Trukikaitis_Postimees, lk 7
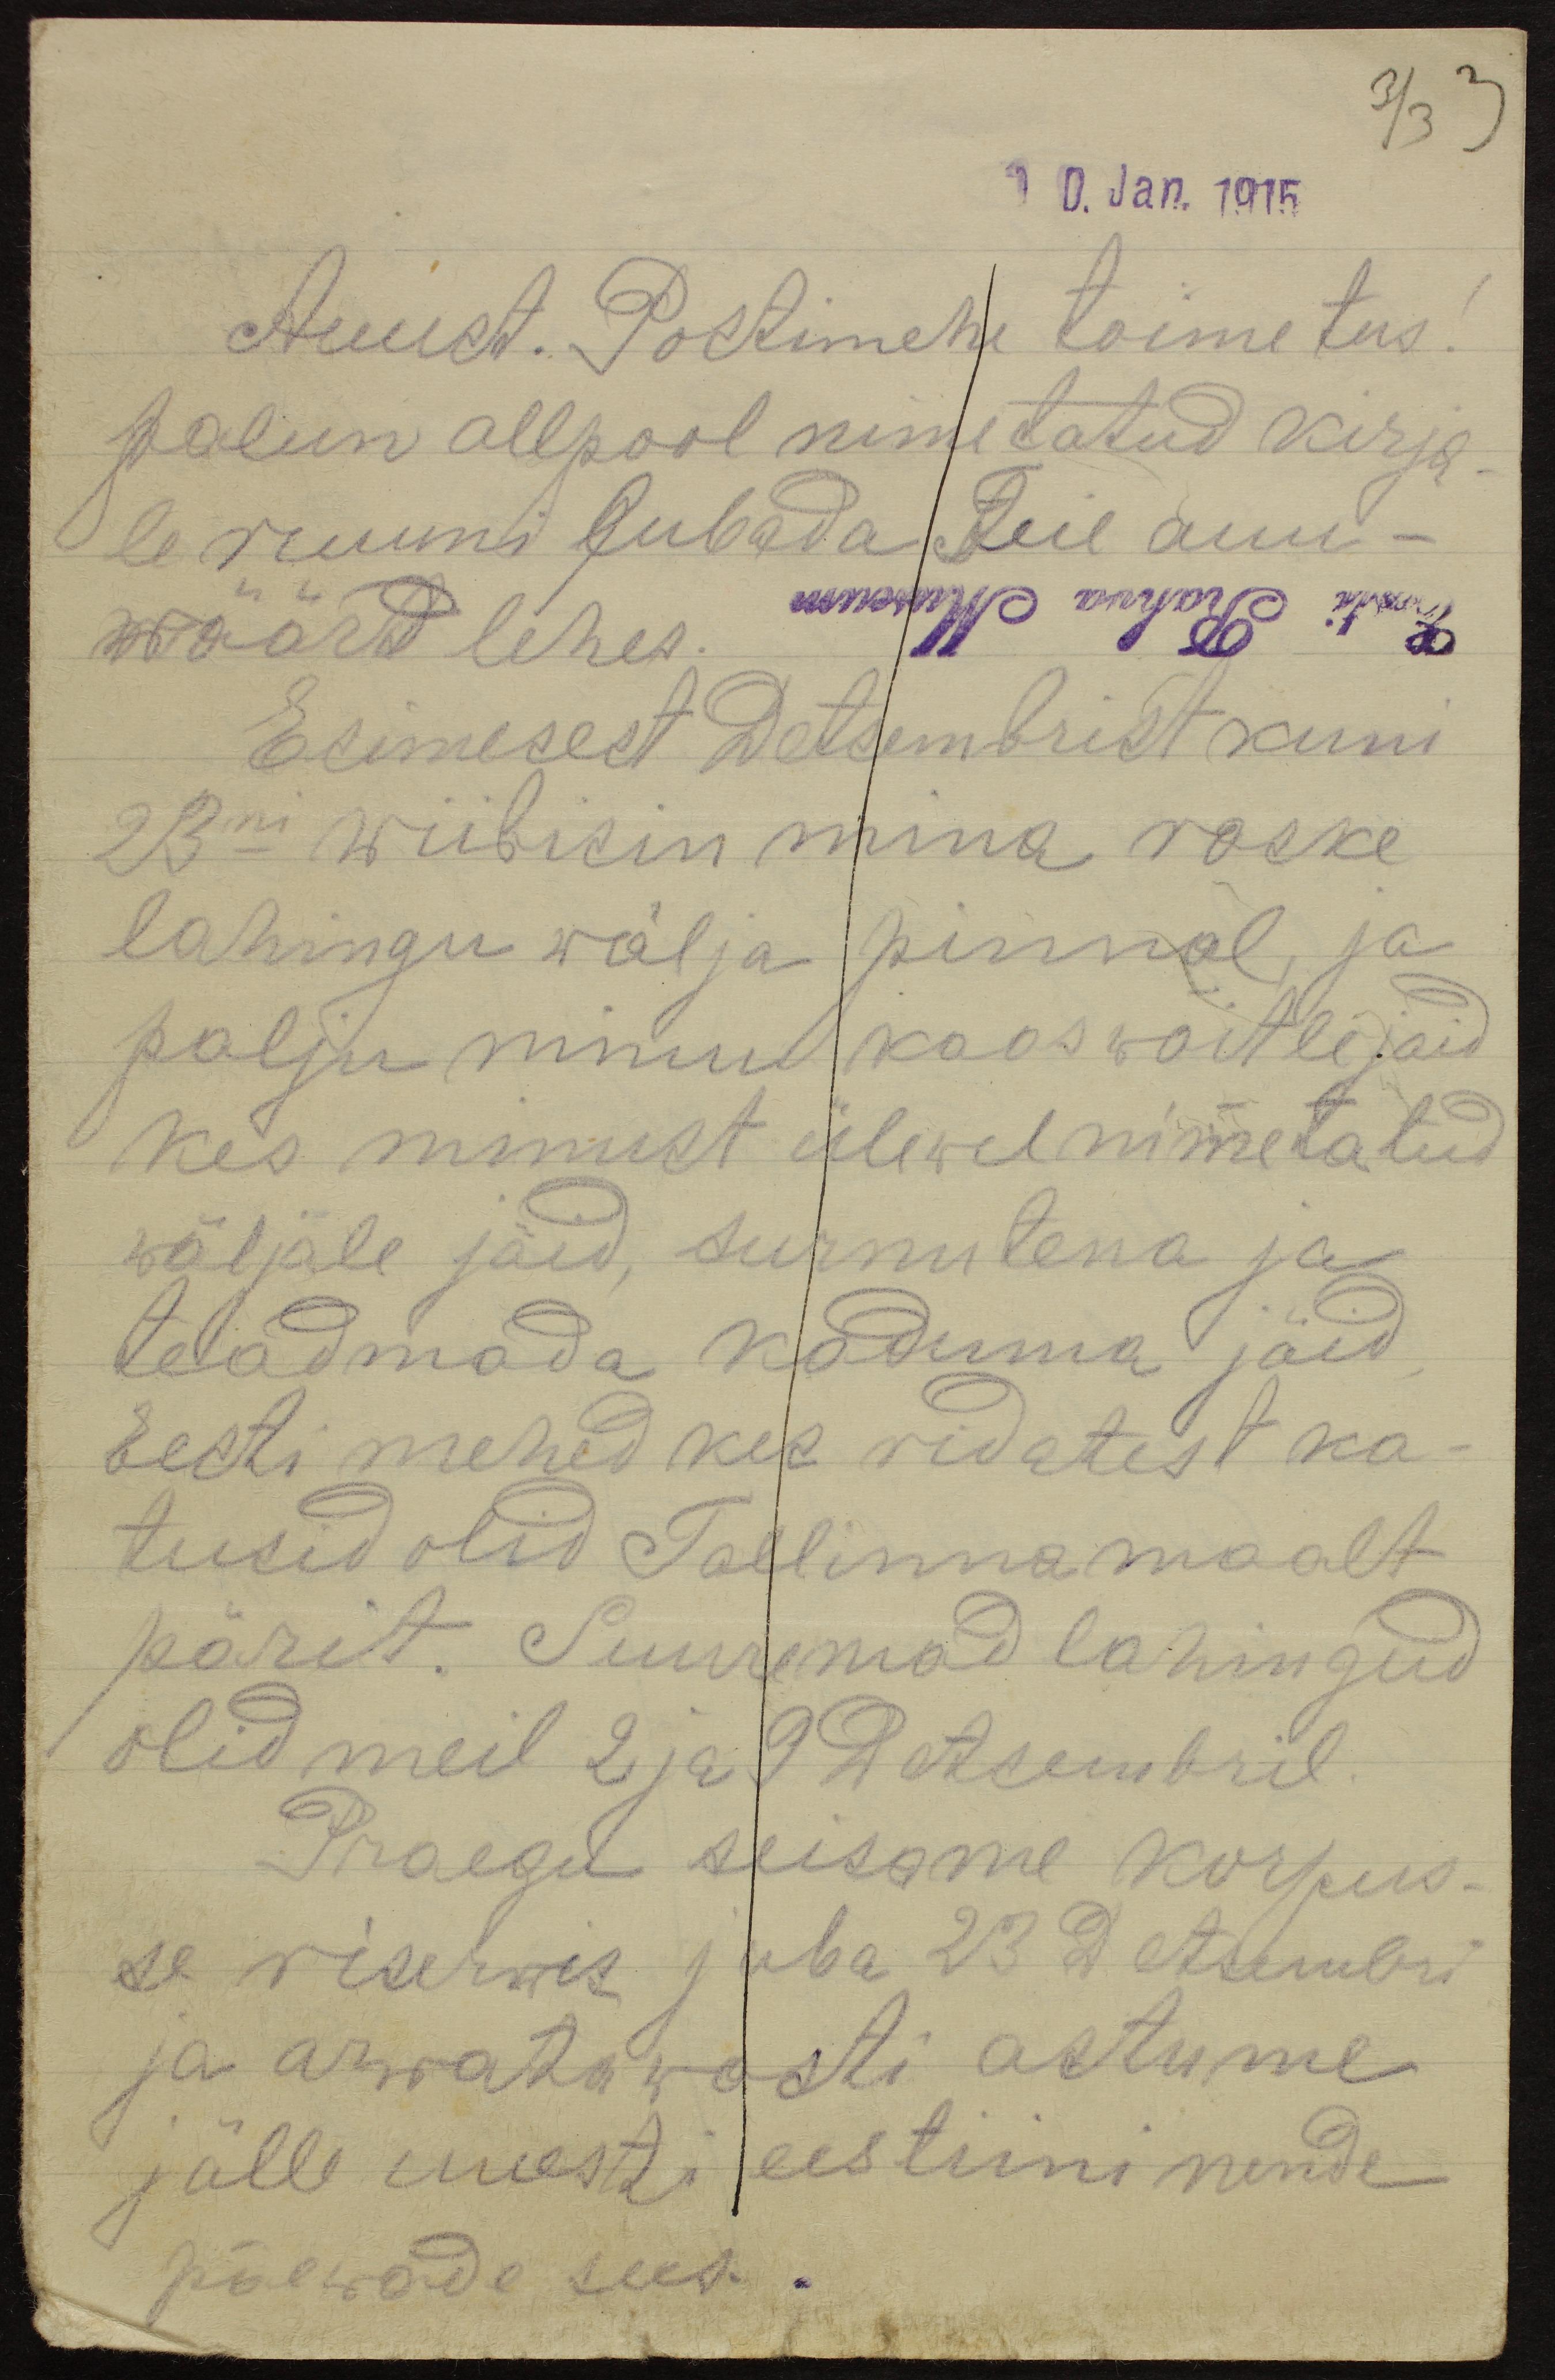
3/3 3
10. Jan. 1915.
Auust. Postimehe toimetus!
palun allpool nimetatud kirja-
le ruumi lubada Teie auu-
wäärd lehes.
Esimesest Detsembrist kuni
23ni wiibisin mina raske
lahingu wälja pinnal, ja
palju minul kooswõitlejaid
kes minust ülewal nimetatud
wäljale jäid, surnutena ja
teadmada kaduma jäid.
Eesti mehed kes ridatest ka-
tusid olid Tallinna maalt
pärit. Suuremad lahingud
olid meil 2 ja 9 Detsembril.
Praegu seisame korpus-
se riserwis juba 23 Detsembri
ja arwatawasti astume
jälle uuesti eestiini nende
päewade sees.